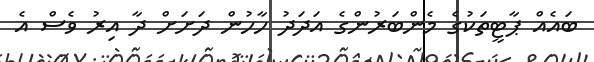
ބައެއް ޕާޓީތަކުގެ މެންބަރުންގެ އަދަދު ހާހުން ދަށަށް ދާ އިރު ވެސް އެ